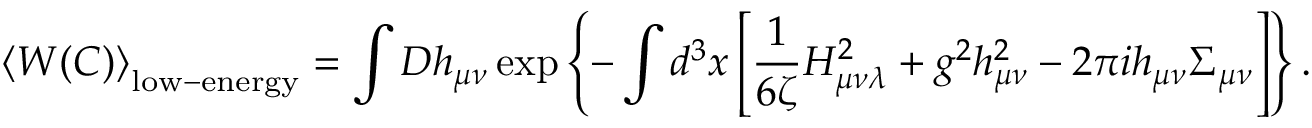
\left< W ( C ) \right> _ { \mathrm { l o w - e n e r g y } } = \int D h _ { \mu \nu } \exp \left\{ - \int d ^ { 3 } x \left[ \frac { 1 } { 6 \zeta } H _ { \mu \nu \lambda } ^ { 2 } + g ^ { 2 } h _ { \mu \nu } ^ { 2 } - 2 \pi i h _ { \mu \nu } \Sigma _ { \mu \nu } \right] \right\} .